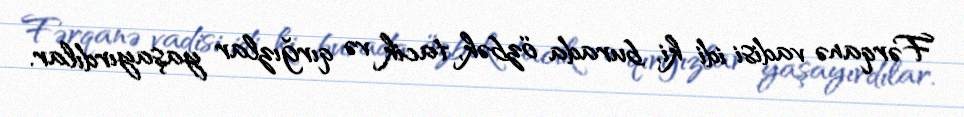
Fərqanə vadisi idi ki, burada özbək, tacik və qırğızlar yaşayırdılar.